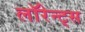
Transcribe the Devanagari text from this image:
लॉरेन्ट्स